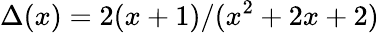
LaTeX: \Delta(x)=2(x+1)/(x^{2}+2x+2)